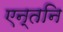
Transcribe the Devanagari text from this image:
एन्तनि